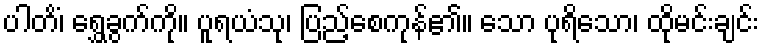
ပါတိံ၊ ရွှေခွက်ကို။ ပူရယံသု၊ ပြည့်စေကုန်၏။ သော ပုရိသော၊ ထိုမင်းချင်း